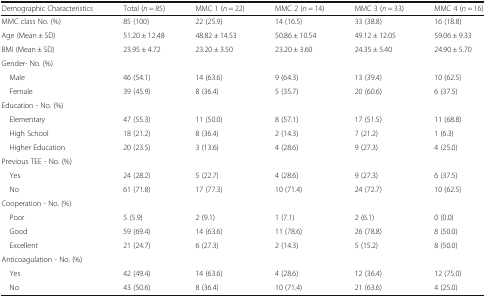
<table><thead><tr><td><b>Demographic Characteristics</b></td><td><b>Total (<i>n</i> = 85)</b></td><td><b>MMC 1 (<i>n</i> = 22)</b></td><td><b>MMC 2 (<i>n</i> = 14)</b></td><td><b>MMC 3 (<i>n</i> = 33)</b></td><td><b>MMC 4 (<i>n</i> = 16)</b></td></tr></thead><tbody><tr><td>MMC class No. (%)</td><td>85 (100)</td><td>22 (25.9)</td><td>14 (16.5)</td><td>33 (38.8)</td><td>16 (18.8)</td></tr><tr><td>Age (Mean ± SD)</td><td>51.20 ± 12.48</td><td>48.82 ± 14.53</td><td>50.86 ± 10.54</td><td>49.12 ± 12.05</td><td>59.06 ± 9.33</td></tr><tr><td>BMI (Mean ± SD)</td><td>23.95 ± 4.72</td><td>23.20 ± 3.50</td><td>23.20 ± 3.60</td><td>24.35 ± 5.40</td><td>24.90 ± 5.70</td></tr><tr><td colspan="6">Gender- No. (%)</td></tr><tr><td> Male</td><td>46 (54.1)</td><td>14 (63.6)</td><td>9 (64.3)</td><td>13 (39.4)</td><td>10 (62.5)</td></tr><tr><td> Female</td><td>39 (45.9)</td><td>8 (36.4)</td><td>5 (35.7)</td><td>20 (60.6)</td><td>6 (37.5)</td></tr><tr><td colspan="6">Education - No. (%)</td></tr><tr><td> Elementary</td><td>47 (55.3)</td><td>11 (50.0)</td><td>8 (57.1)</td><td>17 (51.5)</td><td>11 (68.8)</td></tr><tr><td> High School</td><td>18 (21.2)</td><td>8 (36.4)</td><td>2 (14.3)</td><td>7 (21.2)</td><td>1 (6.3)</td></tr><tr><td> Higher Education</td><td>20 (23.5)</td><td>3 (13.6)</td><td>4 (28.6)</td><td>9 (27.3)</td><td>4 (25.0)</td></tr><tr><td colspan="6">Previous TEE - No. (%)</td></tr><tr><td> Yes</td><td>24 (28.2)</td><td>5 (22.7)</td><td>4 (28.6)</td><td>9 (27.3)</td><td>6 (37.5)</td></tr><tr><td> No</td><td>61 (71.8)</td><td>17 (77.3)</td><td>10 (71.4)</td><td>24 (72.7)</td><td>10 (62.5)</td></tr><tr><td colspan="6">Cooperation - No. (%)</td></tr><tr><td> Poor</td><td>5 (5.9)</td><td>2 (9.1)</td><td>1 (7.1)</td><td>2 (6.1)</td><td>0 (0.0)</td></tr><tr><td> Good</td><td>59 (69.4)</td><td>14 (63.6)</td><td>11 (78.6)</td><td>26 (78.8)</td><td>8 (50.0)</td></tr><tr><td> Excellent</td><td>21 (24.7)</td><td>6 (27.3)</td><td>2 (14.3)</td><td>5 (15.2)</td><td>8 (50.0)</td></tr><tr><td colspan="6">Anticoagulation - No. (%)</td></tr><tr><td> Yes</td><td>42 (49.4)</td><td>14 (63.6)</td><td>4 (28.6)</td><td>12 (36.4)</td><td>12 (75.0)</td></tr><tr><td> No</td><td>43 (50.6)</td><td>8 (36.4)</td><td>10 (71.4)</td><td>21 (63.6)</td><td>4 (25.0)</td></tr></tbody></table>